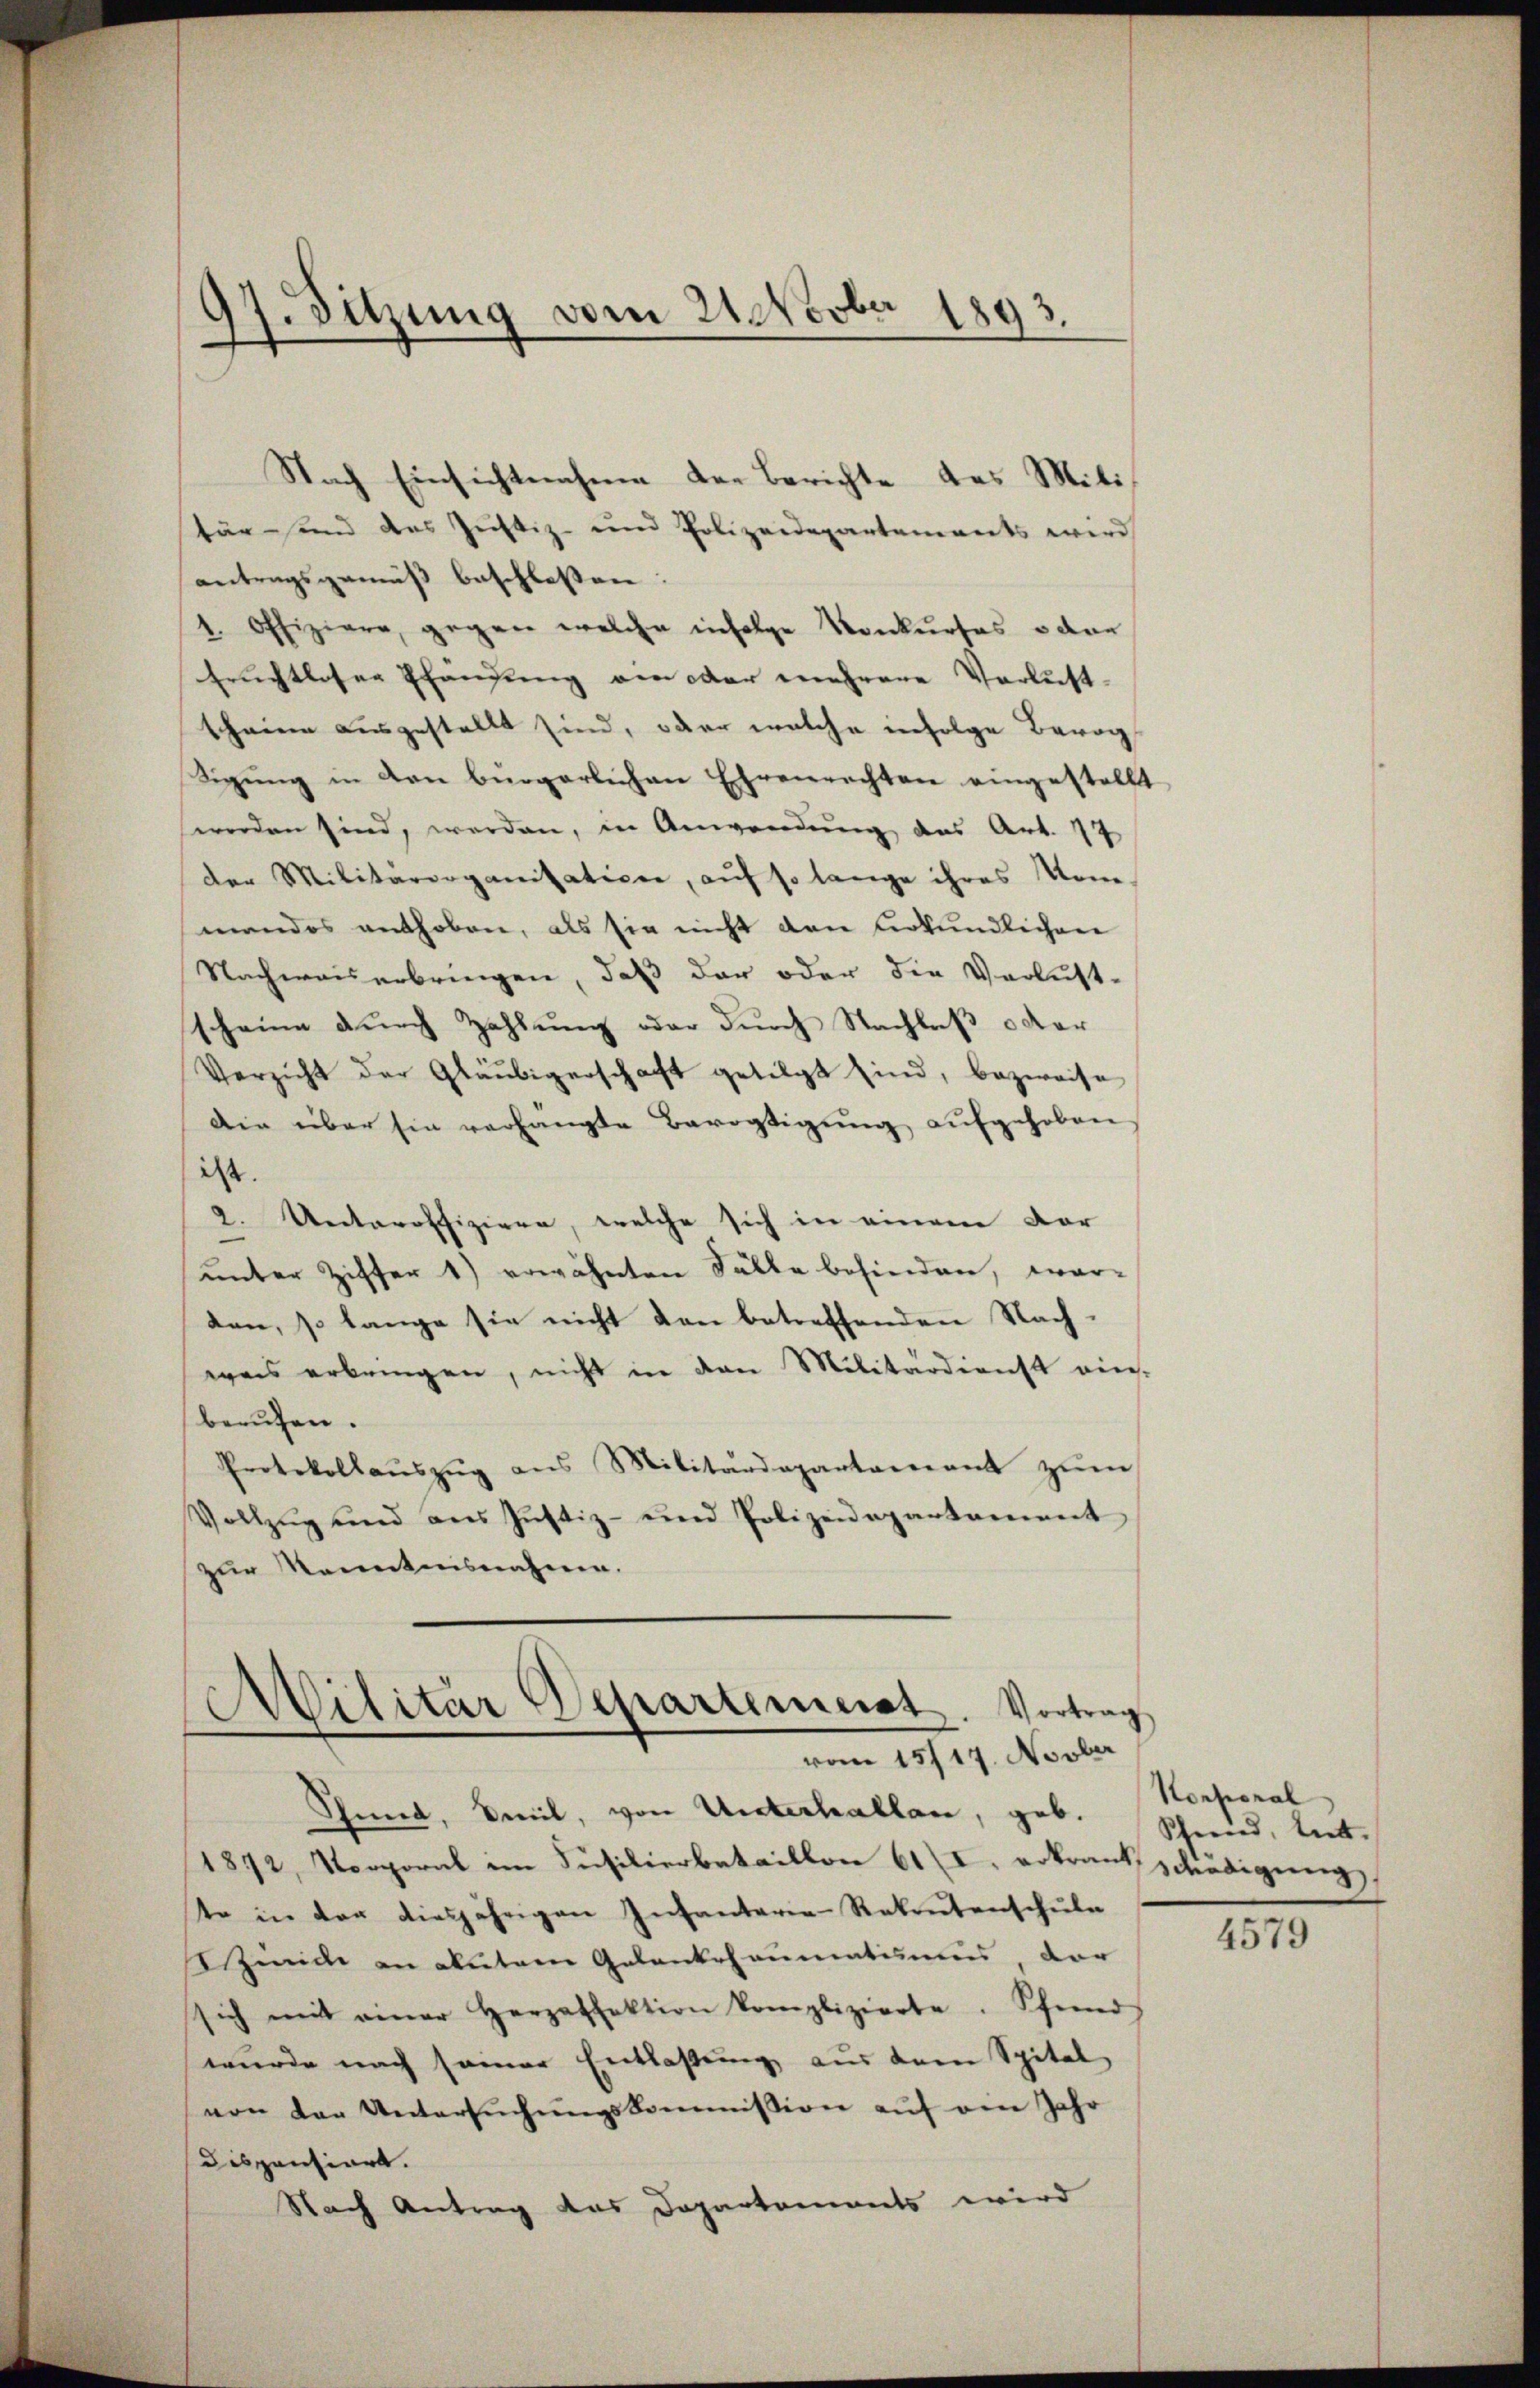
97. Sitzung vom 21 Novber 1893.

Nach Einsichtnahme der Berichte des Mititär- und das Justiz- und Polizeidepartements wird
antragsgemäß beschlossen:
1. Offiziere, gegen welche infolge Konkurses oder
Erichtloser Pfändung am oder mehrere Verlust-
scheine ausgestellt sind, oder welche infolge Berog
Sigŭng in den bürgerlichen Ehrenrechten eingestellt
werden sind, werden, in Anwendung des Art. 77
der Militärorganisatice, auf so lange ihres Mom
mandos enthoben, als sie nicht den Urkundlichen
Nachwaiserbringen, daß der oder die Verlust-
scheine durch Zahlung oder durch Nachlaß oder
Verzicht der Gläubigerschaft getilgt sind, bezweife
Die über sie verhängte Bevogtigŭng aŭfgehoben
ist.
2. Unteroffiziere, welche sich in einem Vor-
unter Ziffer 1) erwähnten Fälle befinden, war-
ten, so lange sie nicht den betreffenden Nach-
was erbringen, nicht in den Militärdienst vie-
berufen.
Protokollaŭszŭg ans Militärdepartamant zŭm
Vollzug und aus Justiz- und Polizeidepartament
zur Kenntnisnahme.

Militär Departement. Vortrag
vom 15717. Novber

Schmied, Emil, von Unterhallen, geb. Schrud, teilt.
1872, Vorporal im Füsilierbataillon 61 (I. erkrautschädigung
te in der diesjährigen Infanterie-Rekrutenschule
Sind an deutern Gelankhaumatismus ver
sich mit einer Herzaffektion komplizierte. Pfand
wurde nach seiner Entlaßung aus dem Spital
von der Untersŭchŭngskommission aŭf den Jahr
Disponiert.
Nach Antrag des Departements wird

Korporal

4579